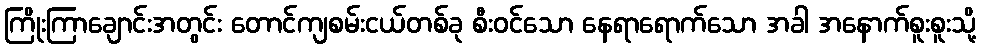
ကြိုးကြာချောင်းအတွင်း တောင်ကျစမ်းငယ်တစ်ခု စီးဝင်သော နေရာရောက်သော အခါ အနောက်စူးစူးသို့